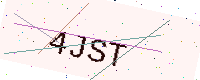
Text: 4JST